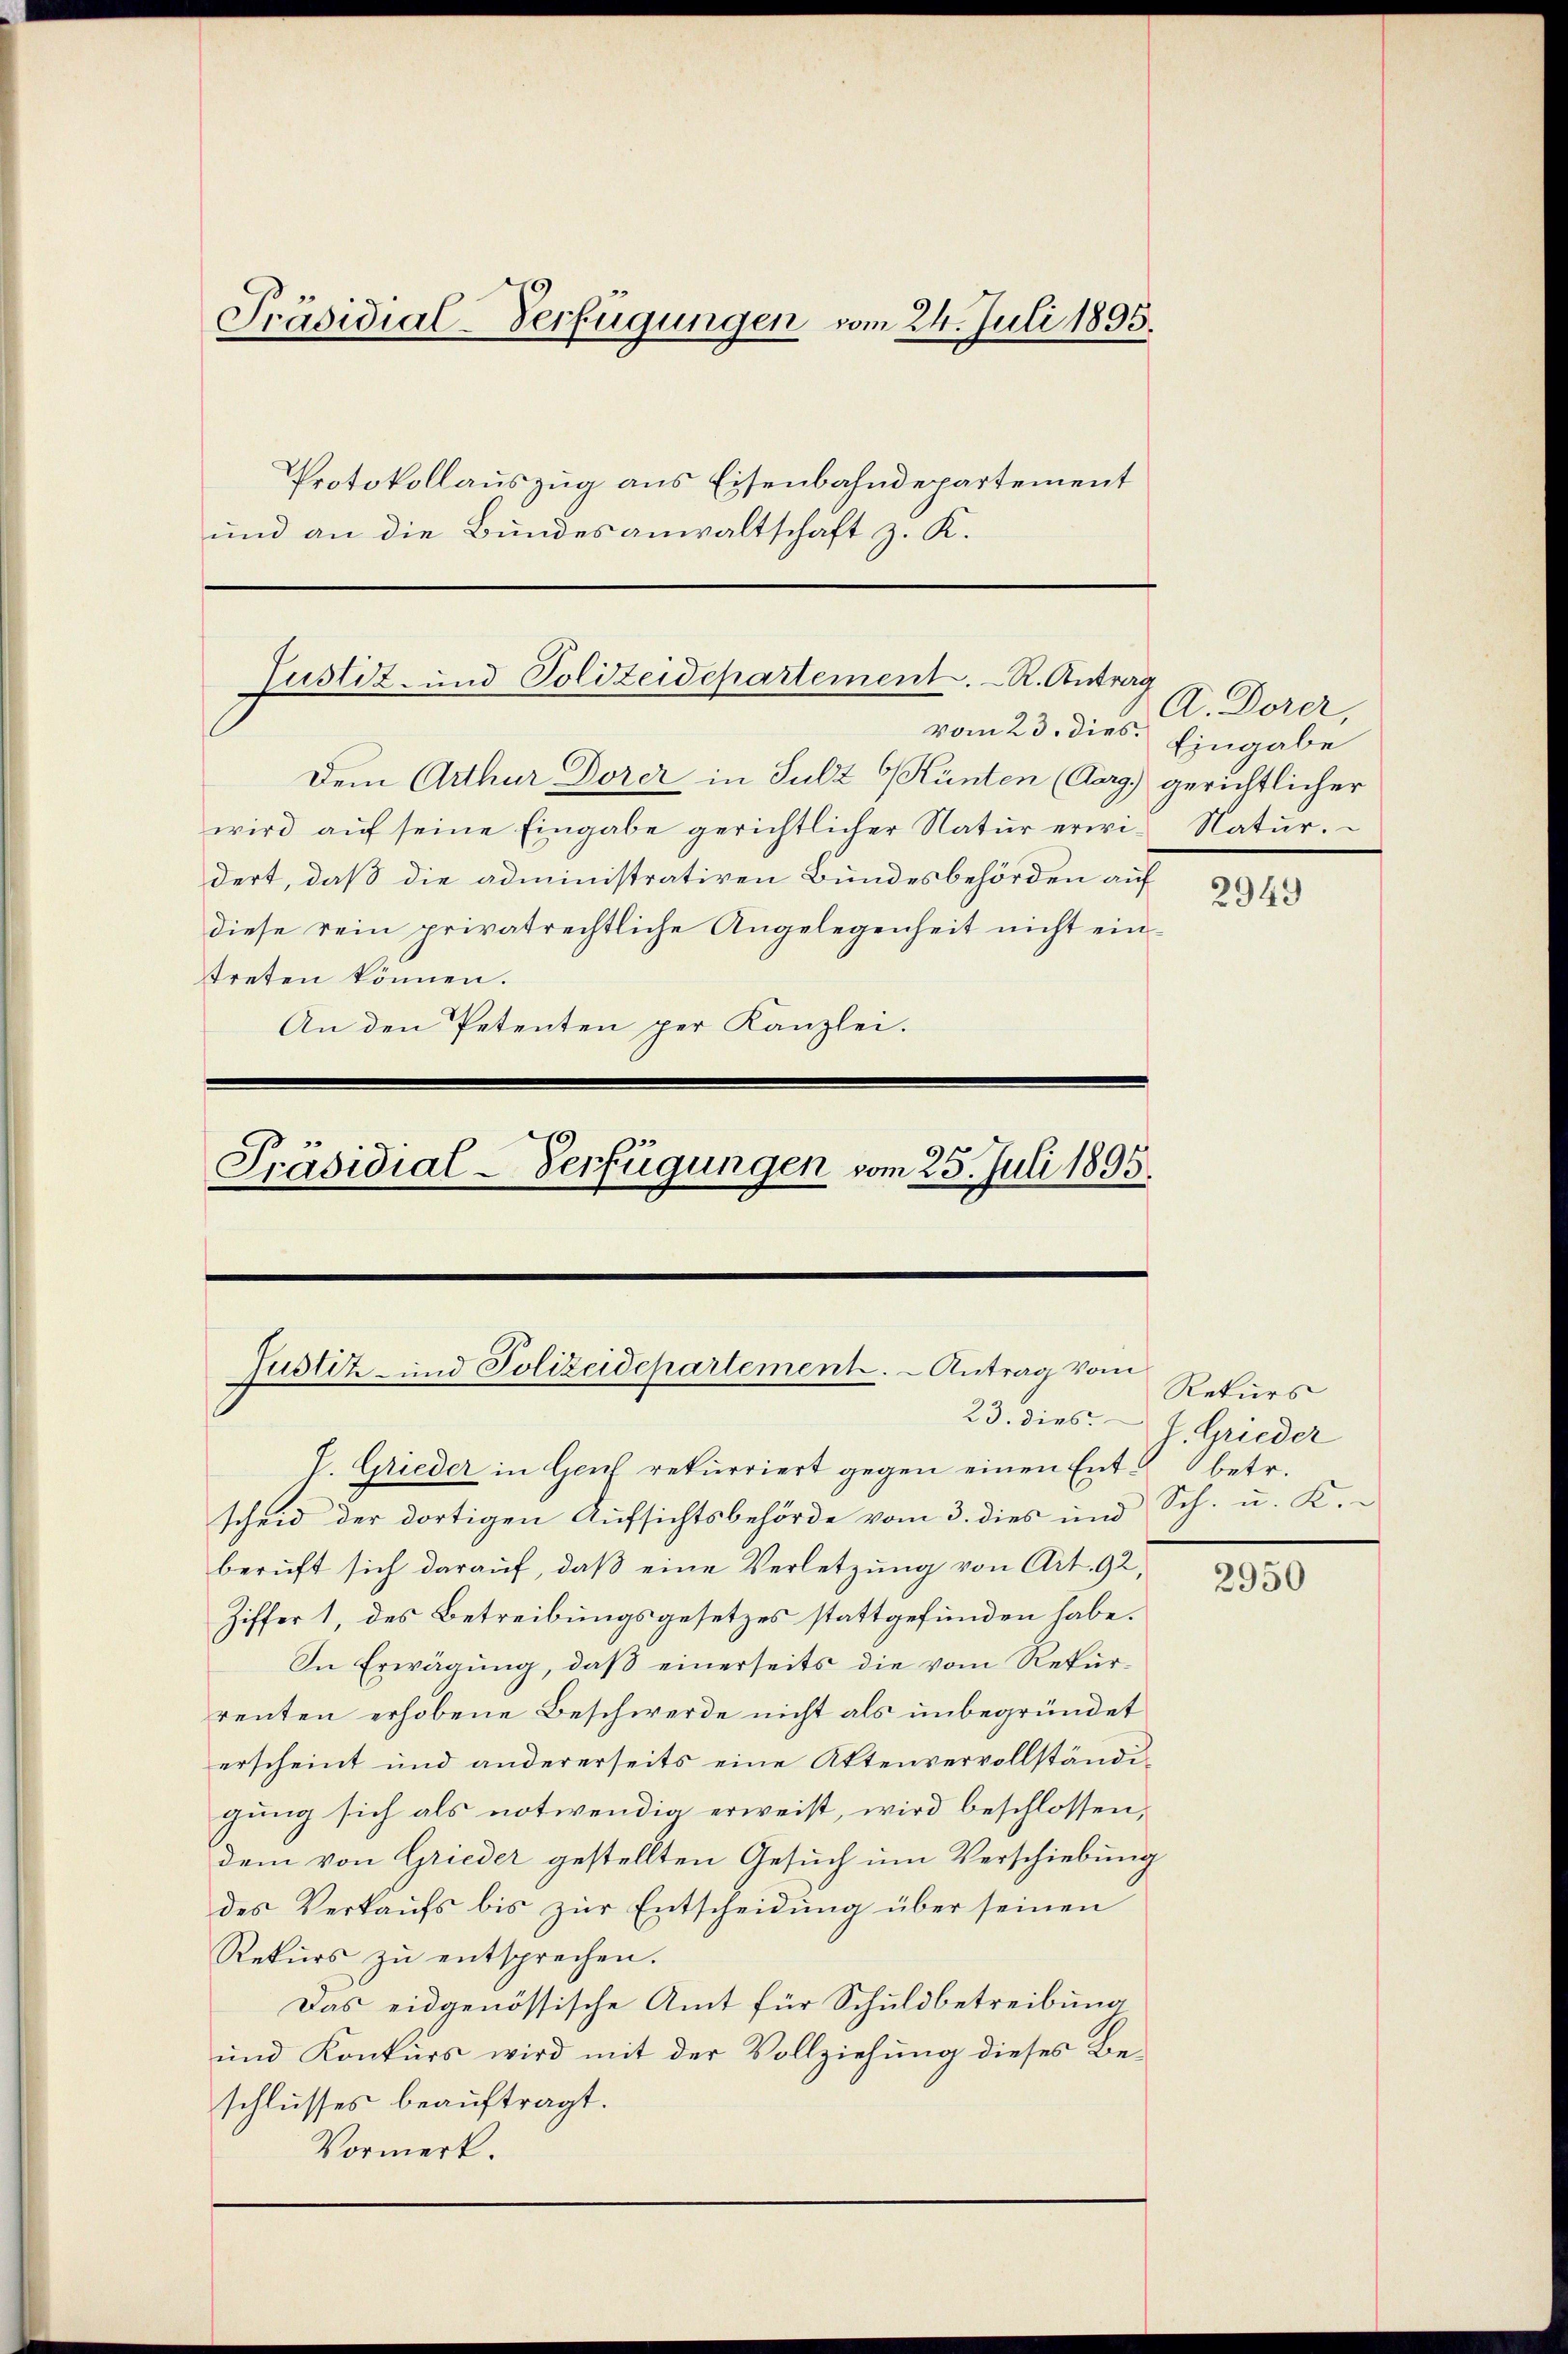
Präsidial-Verfügungen vom 24. Juli 1895.
Protokollauszug aus Eisenbahndepartement
und an die Bundesanwaltschaft z. K.

Justiz- und Polizeidepartement. - R. Antrag
vom 23. dies

Präsidial-Verfügungen vom 25. Juli 1895.

Justiz- und Polizeidepartement. - Antrag vom
23. dies

Dem Arthur Dorer in Sulz G Hünten (Aarg. gerichtlicher
wird aŭf seine Eingabe gerichtlicher Natur erwi-Natur.
dert, daß die administrativen Bundesbehörden auf
diese rein privatrechtliche Angelegenheit nicht eintreten können.
An den Petenten per Kanzlei.

J. Grieder in Genf rekurriert gegen einen Entscheid der dortigen Aufsichtsbehörde vom 3. dies und
beruft sich darauf, daβ eine Verletzung von Art. 92,
Ziffer 1, des Betreibungsgesetzes stattgefunden habe.
In Erwägung, daß einerseits die vom Rekurrenten erhobene Beschwerde nicht als unbegründet
erscheint und andererseits eine Aktenvervollständigung sich als notwendig erweist, wird beschlossen,
dem von Grieder gestellten Gesuch um Verschiebung
des Verkaŭfs bis zŭr Entscheidung über seinen
Rekurs zu entsprechen.
Das eidgenössische Amt für Schuldbetreibung
und Konkurs wird mit der Vollziehung dieses Beschlusses beauftragt.
Vormerk.

A. Dorer,
Eingabe

2949

Rekurs
J. Grieder
betr.
Sch. u. K.

2950